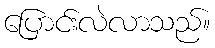
ပြောင်းလဲလာသည်။